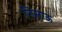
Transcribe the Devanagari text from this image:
निसाऊ